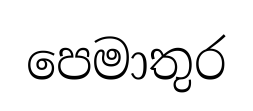
පෙමාතුර